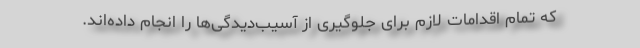
که تمام اقدامات لازم برای جلوگیری از آسیب‌دیدگی‌ها را انجام داده‌اند.